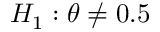
\textstyle H _ { 1 } : \theta \neq 0 . 5